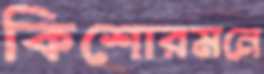
কিশোরমনে